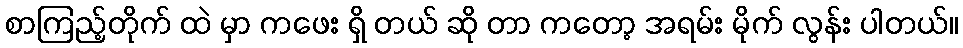
စာကြည့်တိုက် ထဲ မှာ ကဖေး ရှိ တယ် ဆို တာ ကတော့ အရမ်း မိုက် လွန်း ပါတယ်။